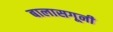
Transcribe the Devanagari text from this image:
बालासगूनी